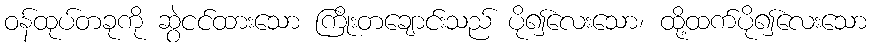
ဝန်ထုပ်တခုကို ဆွဲငင်ထားသော ကြိုးတချောင်းသည် ပို၍လေးသော၊ ထို့ထက်ပို၍လေးသော